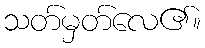
သတ်မှတ်လေ၏။